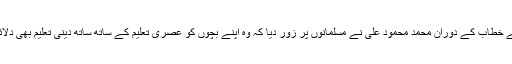
اپنے خطاب کے دوران محمد محمود علی نے مسلمانوں پر زور دیا کہ وہ اپنے بچوں کو عصری تعلیم کے ساتھ ساتھ دینی تعلیم بھی دلائیں۔